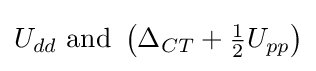
U_{dd}{\text{ and }}\left(\Delta _{CT}+{\tfrac {1}{2}}U_{pp}\right)